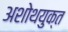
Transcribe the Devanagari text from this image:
अशोथयुक्त